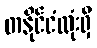
တနိုင်ငံလုံးရှိ